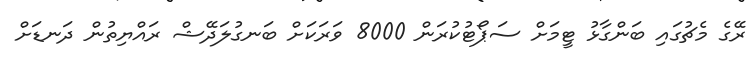
ރޭގެ މެޗުގައި ބަންގާޅު ޓީމަށް ސަޕޯޓުކުރަން 8000 ވަރަކަށް ބަނގުލަދޭޝް ރައްޔިތުން ދަނޑަށް